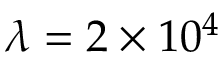
\lambda = 2 \times 1 0 ^ { 4 }